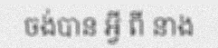
ចង់បាន អ្វី ពី នាង